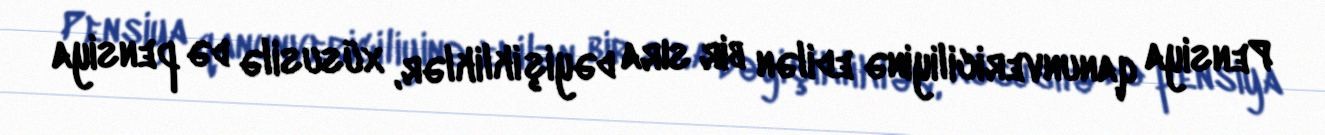
Pensiya qanunvericiliyinə edilən bir sıra dəyişikliklər, xüsusilə də pensiya